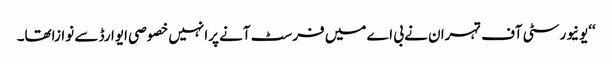
‘‘یونیورسٹی آف تہران نے بی اے میں فرسٹ آنے پرانہیں خصوصی ایوارڈ سے نوازاتھا۔